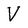
Character: V